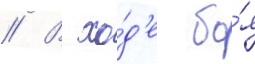
// В хо́д'е бо́я